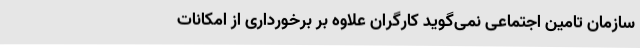
سازمان تامین اجتماعی نمی‌گوید کارگران علاوه بر برخورداری از امکانات